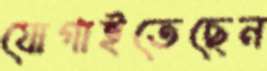
যোগাইতেছেন